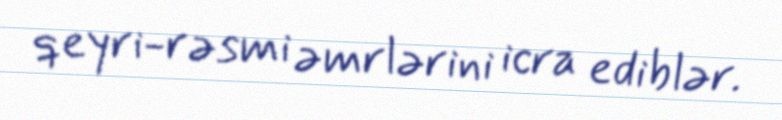
qeyri-rəsmi əmrlərini icra ediblər.